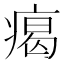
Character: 𤸎